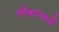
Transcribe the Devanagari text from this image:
लोकांमध्यें